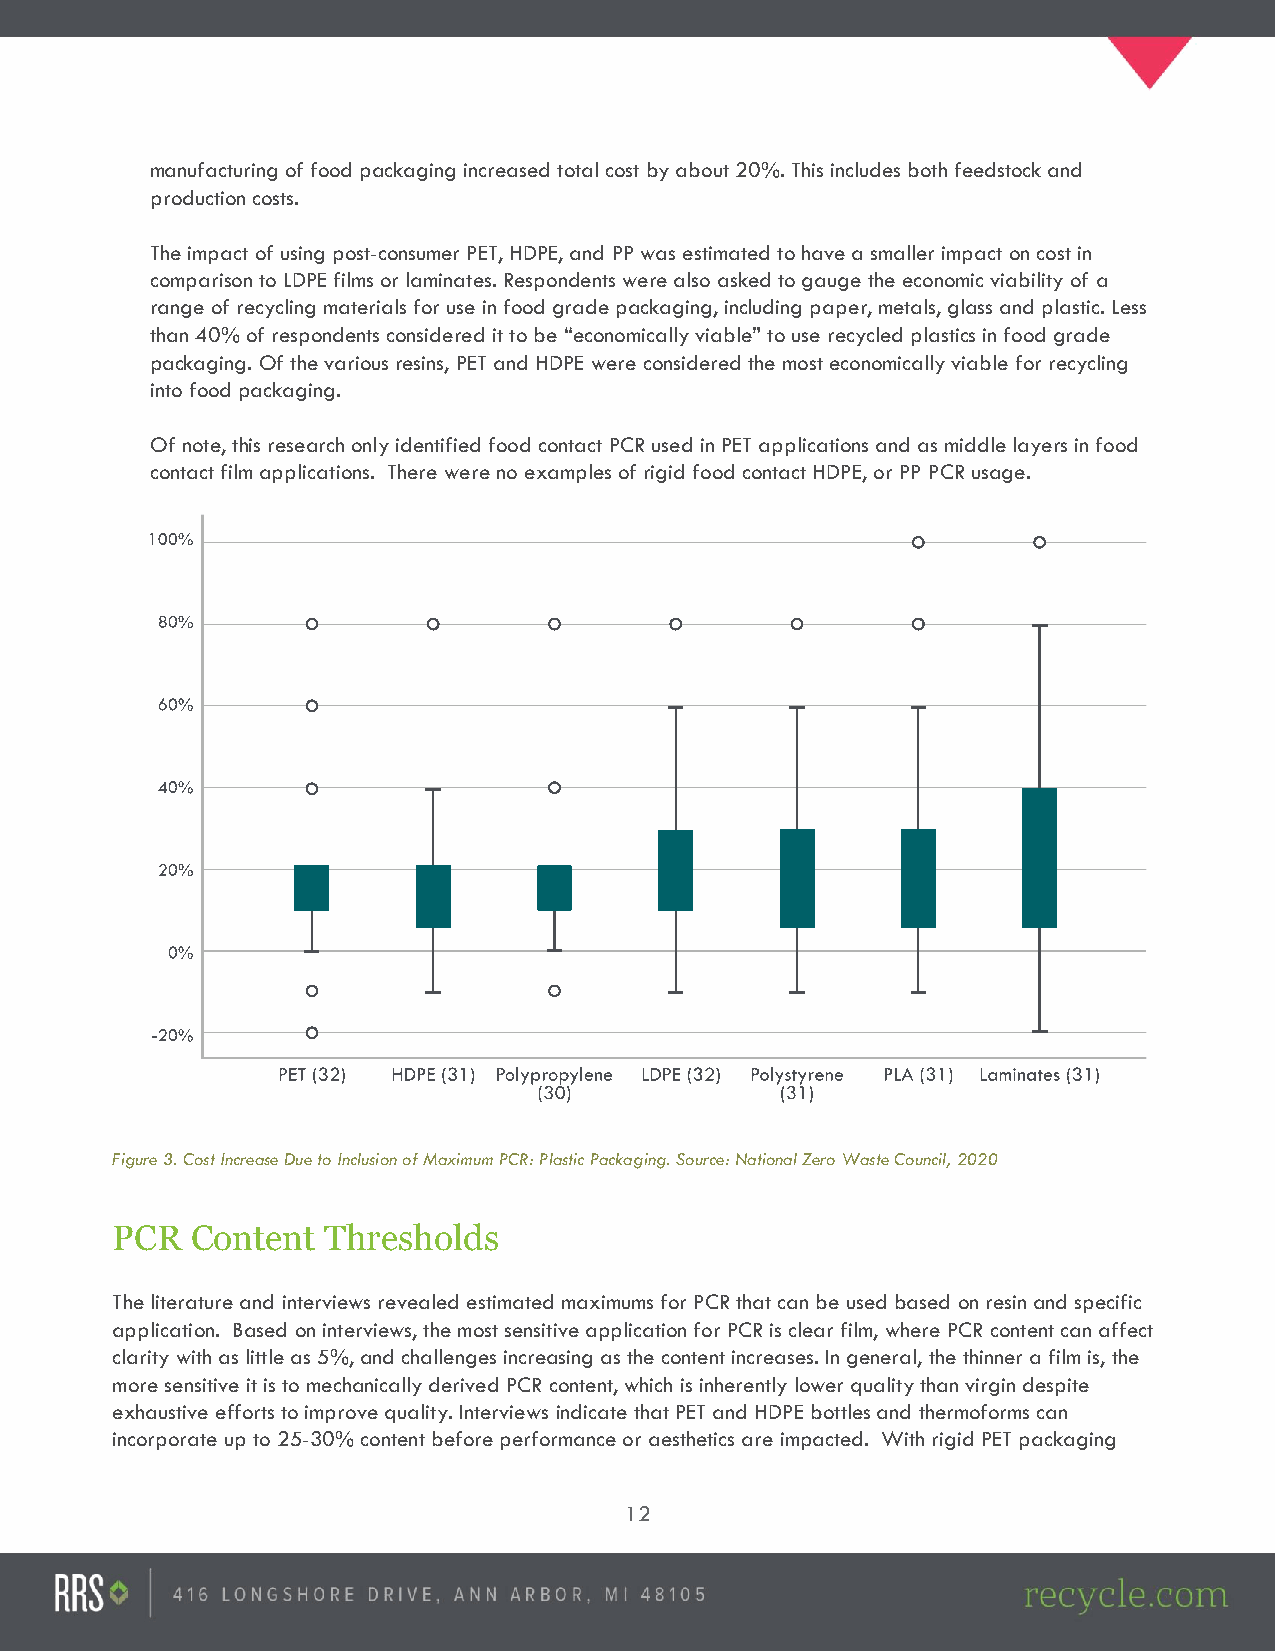
manufacturing of food packaging increased total cost by about 20%. This includes both feedstock and
 production costs.
 The impact of using post-consumer PET, HDPE, and PP was estimated to have a smaller impact on cost in
 comparison to LDPE films or laminates. Respondents were also asked to gauge the economic viability of a
 range of recycling materials for use in food grade packaging, including paper, metals, glass and plastic. Less
 than 40% of respondents considered it to be “economically viable” to use recycled plastics in food grade
 packaging. Of the various resins, PET and HDPE were considered the most economically viable for recycling
 into food packaging.
 Of note, this research only identified food contact PCR used in PET applications and as middle layers in food
 contact film applications. There were no examples of rigid food contact HDPE, or PP PCR usage.
 Figure 3. Cost Increase Due to Inclusion of Maximum PCR: Plastic Packaging. Source: National Zero Waste Council, 2020
 PCR   Content Thresholds
 The literature and interviews revealed estimated maximums for PCR that can be used based on resin and specific
 application. Based on interviews, the most sensitive application for PCR is clear film, where PCR content can affect
 clarity with as little as 5%, and challenges increasing as the content increases. In general, the thinner a film is, the
 more sensitive it is to mechanically derived PCR content, which is inherently lower quality than virgin despite
 exhaustive efforts to improve quality. Interviews indicate that PET and HDPE bottles and thermoforms can
 incorporate up to 25-30% content before performance or aesthetics are impacted. With rigid PET packaging
 12